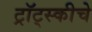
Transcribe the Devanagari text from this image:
ट्रॉट्स्कीचे